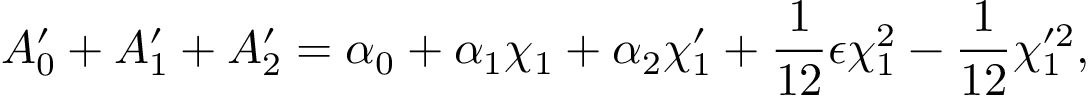
~ A _ { 0 } ^ { \prime } + A _ { 1 } ^ { \prime } + A _ { 2 } ^ { \prime } = \alpha _ { 0 } + \alpha _ { 1 } \chi _ { 1 } + \alpha _ { 2 } \chi _ { 1 } ^ { \prime } + \frac { 1 } { 1 2 } \epsilon \chi _ { 1 } ^ { 2 } - \frac { 1 } { 1 2 } \chi _ { 1 } ^ { \prime 2 } ,